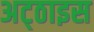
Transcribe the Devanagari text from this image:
अट्‌ठाइस